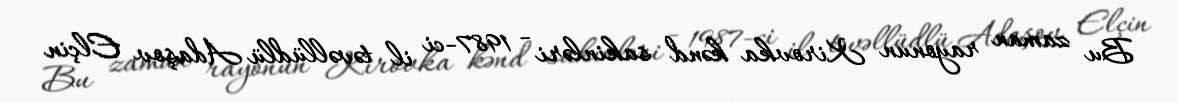
Bu zaman rayonun Kirovka kənd sakinləri - 1987-ci il təvəllüdlü Adaşov Elçin